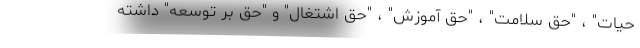
حیات" ، "حق سلامت" ، "حق آموزش" ، "حق اشتغال" و "حق بر توسعه" داشته